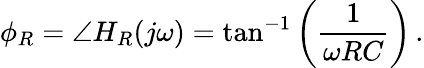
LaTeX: \phi_{R}=\angle H_{R}(j\omega)=\tan^{-1}\left({\frac{1}{\omega RC}}\right)\, .